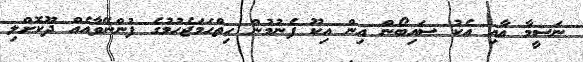
ނަސީމާ އާއި އެކު ސައިބޯން އިން އިކޫ ފެނުމުން ހިތްހަމަޖެހުމުގެ ފުންނޭވާއެއް ދޫކޮށްލި